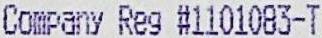
COMPANY REG #1101083-T